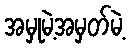
အမှုမဲ့အမှတ်မဲ့